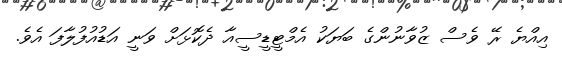
އިއްޔެ ރޭ ވެސް ޒުވާނުންގެ ބަޔަކު އެމްޓީޑީސީއާ ދެކޮޅަށް ވަނީ އަޑުއުފުލާފަ އެވެ.